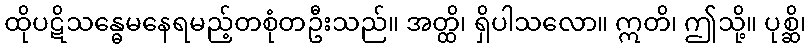
ထိုပဋိသန္ဓေမနေရမည့်တစုံတဦးသည်။ အတ္ထိ၊ ရှိပါသလော။ ဣတိ၊ ဤသို့။ ပုစ္ဆိ၊